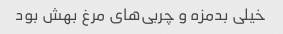
خیلی بدمزه و چربی‌های مرغ بهش بود